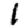
Digit: 1